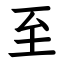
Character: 至